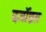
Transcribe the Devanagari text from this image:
दर्जोन्नत